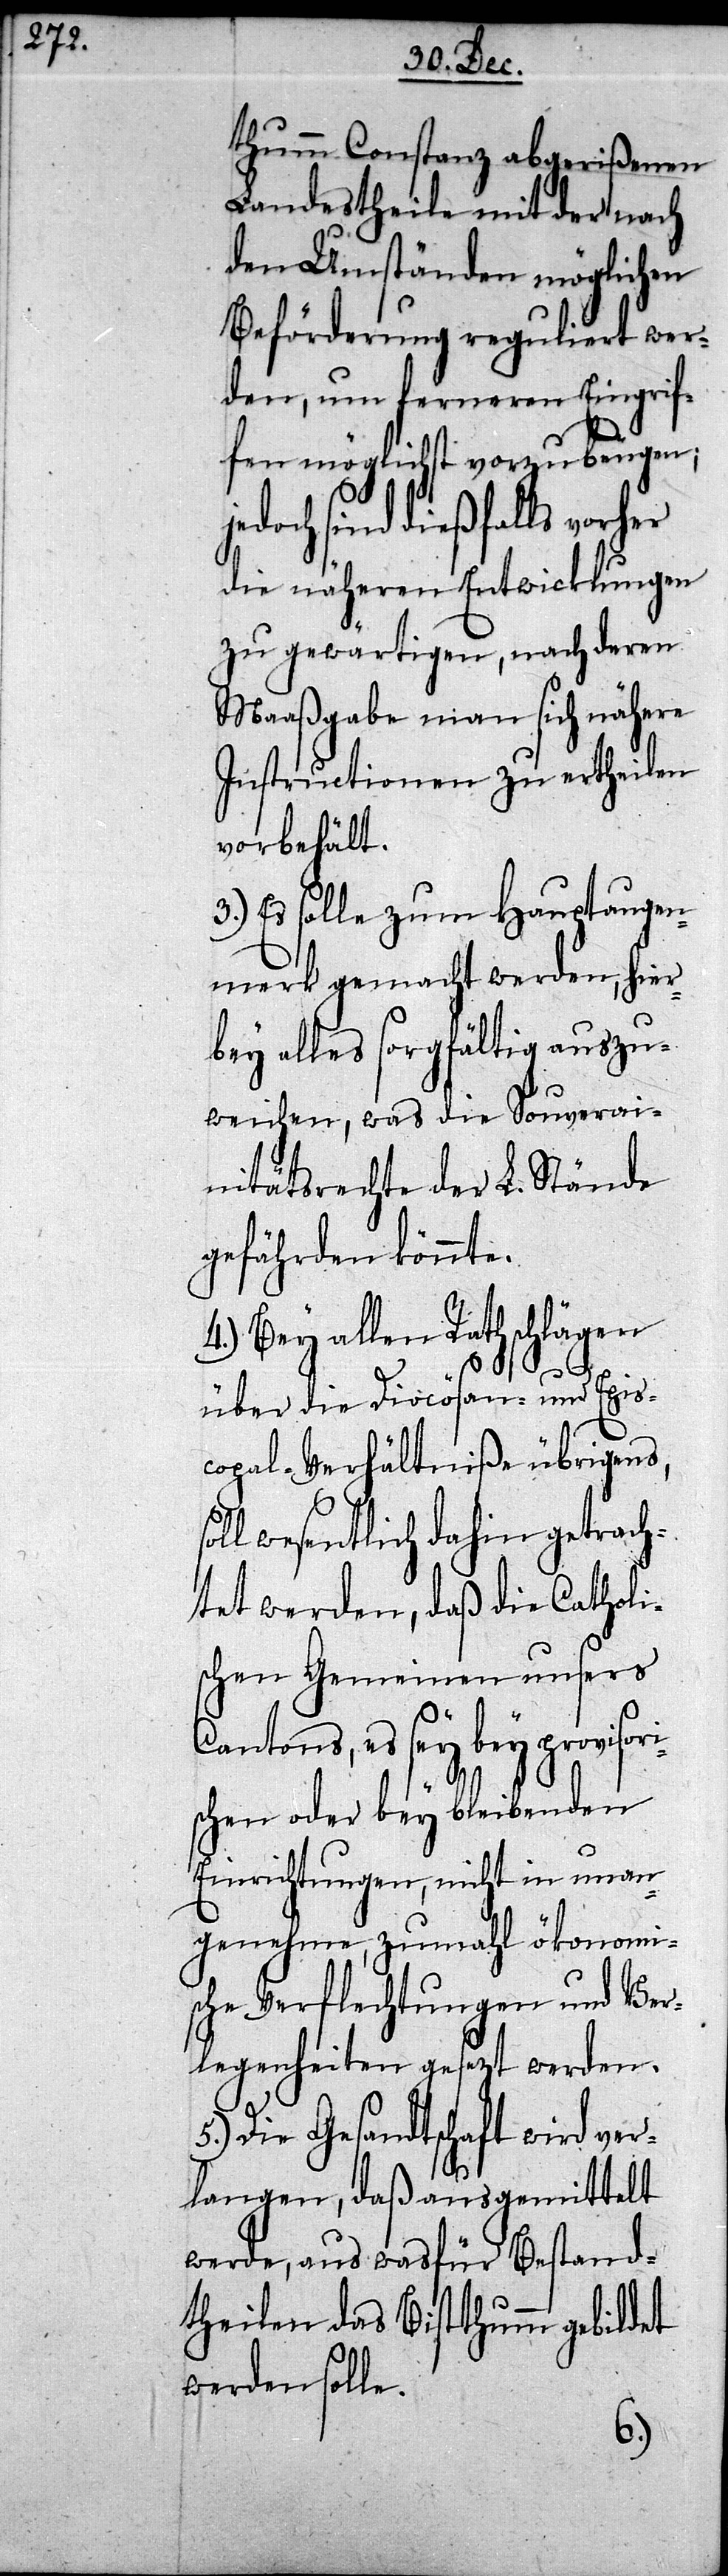
thumm Constanz abgerißenen
Landestheile mit der nach
den Umständen möglich¬
Beförderung reguliert wer¬
den, um ferneren Eingri¬
ffen möglichst vorzubeugen;
Cat¬
jedoch sind dießfalls vorher
die näheren Entwicklungen
zu gewärtigen, nach deren
Maaßgabe man sich nähere
Instructionen zu ertheilen
vorbehält.
enden
3.) Es solle zum H¬
in ge¬
merk gemacht
Souv¬
bey alles sorgfältig
weichen, was die
nitätsrechte der
gefährden könnte.
4.) Bey allen
über die Diocösan-
s¬
copal-Verhältni¬
ht
E¬
soll wesentlich dah¬
sori¬
htet werden, daß
schen Gemeinen
Cantons, es sey bey
schen oder bey bleib¬
inrichtungen, nic¬
ökonomi¬
genehme, zumahl
sche Verflechtungen und Ver¬
legenheiten gesezt werden.
Die Gesandtschaft wird ver¬
langen, daß ausgemittelt
werde, aus was für Bestand¬
theilen das Bistthumm gebildet
werden solle.
5.)